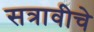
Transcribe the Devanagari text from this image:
सत्रावीचे